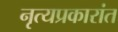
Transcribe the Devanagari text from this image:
नृत्यप्रकारांत